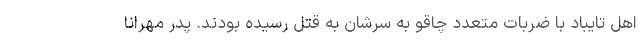
اهل تایباد با ضربات متعدد چاقو به سرشان به قتل رسیده بودند. پدر مهرانا